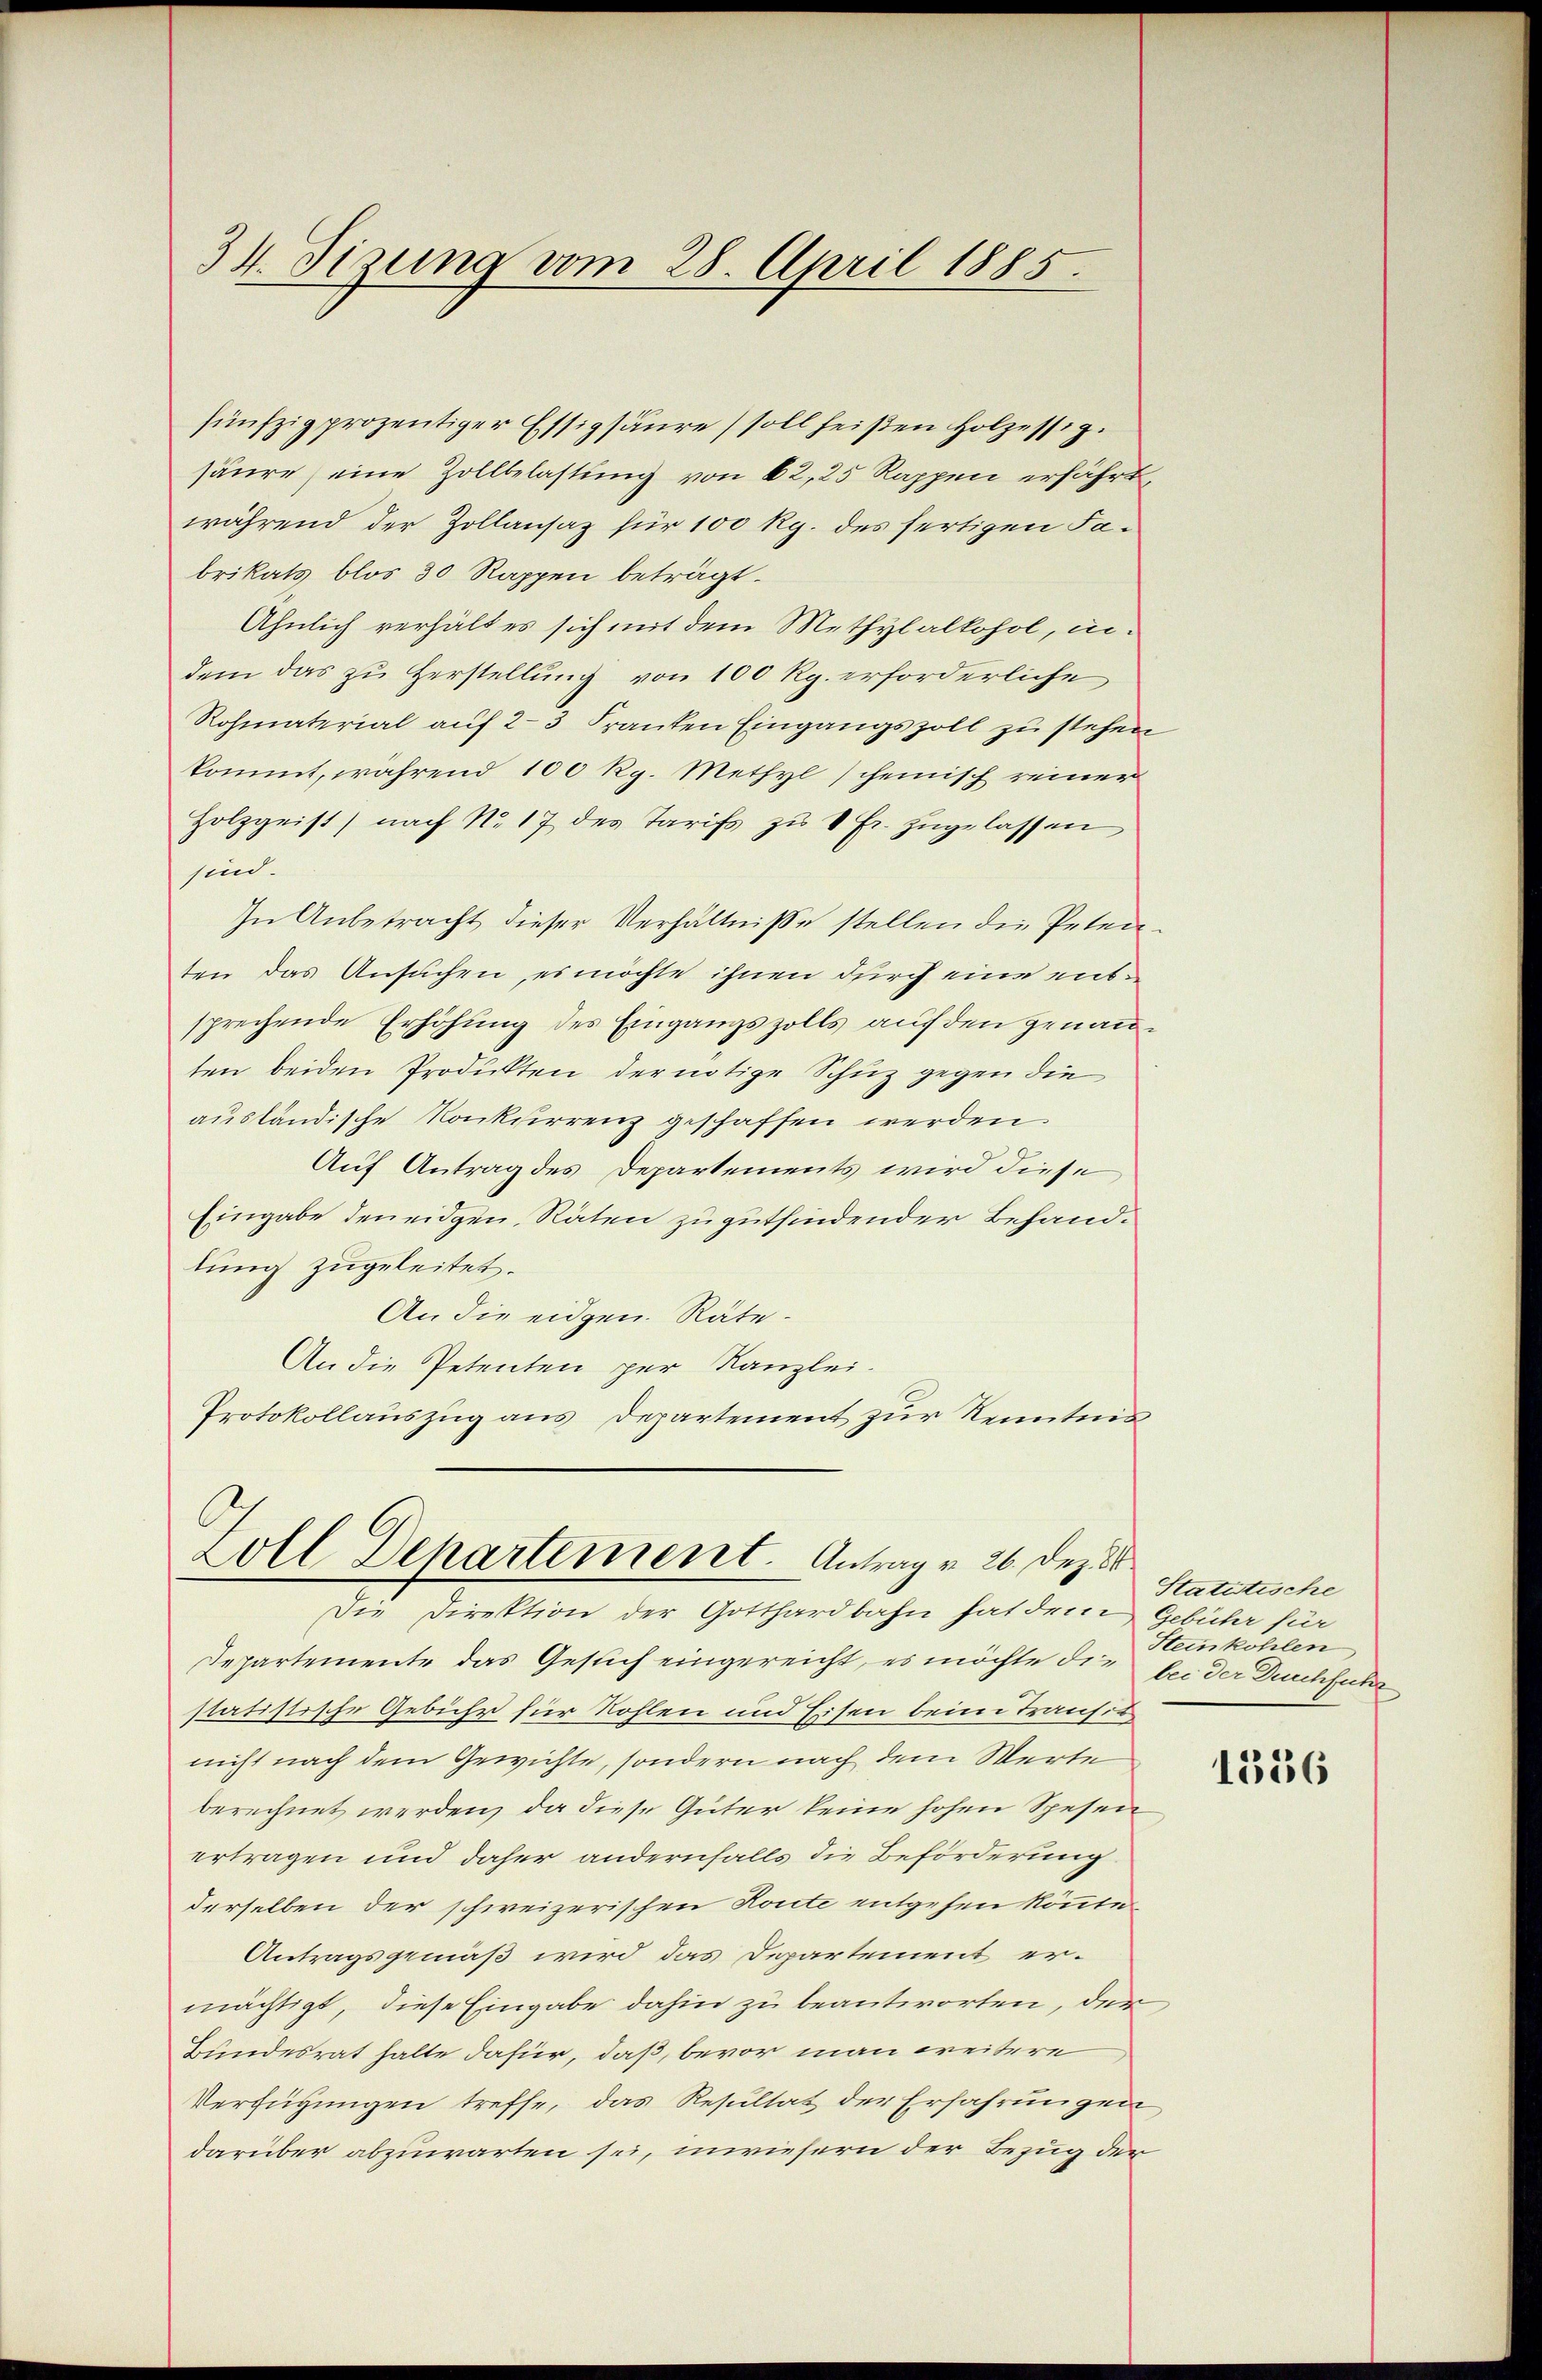
34. Sizung vom 28. April 1885.

fünfzig prozentiger Essigsäŭre) soll heiβen Holzessig.
säure, eine Zollbelastung von 62, 25 Rappen erfährt,
während der Zollansaz für 100 Rg. des fertigen Fabrikats, blos 30 Rappen beträgt.
Ähnlich verhält es sich mit dem Methylalkohol, indem das zu Herstellŭng von 100 Rp. erforderliche
Rohmaterial aŭf 23 Franten Eingangszoll zu stehen
kommt, während 100 Rg. Methyl scheinisch reiner
Holzgeist) nach No 17 des Tarifs zu 1 Fr. zugelassen
sind.
In Anbetracht dieser Verhältnisse stellen die Peten
ten das Ansuchen, es möchte ihnen durch eine entsprechende Erhöhung des Eingangszolls auf den genannten beiden Produkten der nötige Schuz gegen die
ausländische Konkurrenz geschaffen werden.
Auf Antrag des Departements wird diese
Eingabe den eidgen. Räten zu gutfindender Behandtung zugeleitet.
An die eidgen. Räte¬
An die Petenten per Kanzlei.
Protokollauszug aus Departement zur Kenntnis

Zoll Departement. Antrag v. 26. Dez.
Die Direktion der Gotthardbahn hat den Gebühr für

Departemente das Gesuch eingereicht, es möchte die bei der Durchfech
statistische Gebühr für Kohlen und Eisen beim Transit
nicht nach dem Gewichte, sondern nach dem Werte
berechnet werden, da diese Güter keine hohen Spesen
ertragen und daher andernfalls die Beförderung
derselben der schweizerischen Konte entgehen könnte.
Antragsgemäß wird das Departement ermächtigt, diese Eingabe dahin zu beantworten, der
Bundesrat halte dafür, daß, bevor man weitere
Verfügungen treffe, das Resultat der Erfahrungen,
darüber abzuwarten sei, unwiefern der Bezug der

Statutische
Steinkohlen

1336